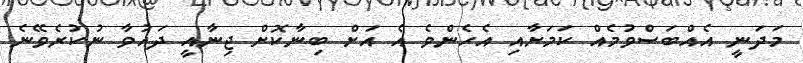
މަދަނީ އެއްބަސްވުމެއް ކަމަށާއި އެހެންވެ އެ އަށް ބިނާކޮށް ޖިނާއީ ދައުވާ ނުކުރެވޭނެ